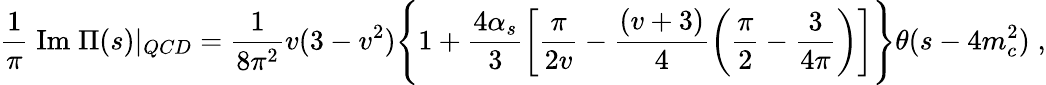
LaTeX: \frac{1}{\pi}\; \mathrm{Im}\; \Pi(s)|_{QCD}=\frac{1}{8\pi^{2}}v(3-v^{2})\Biggl\{ 1+\frac{4\alpha_{s}}{3}\left[\frac{\pi}{2v}-\frac{(v+3)}{4}\left(\frac{\pi}{2}-\frac{3}{4\pi}\right)\right]\Biggr\} \theta(s-4m_{c}^{2})\; ,